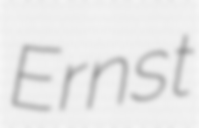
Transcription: Ernst